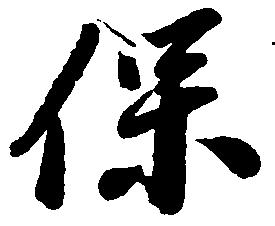
保